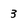
Character: 3